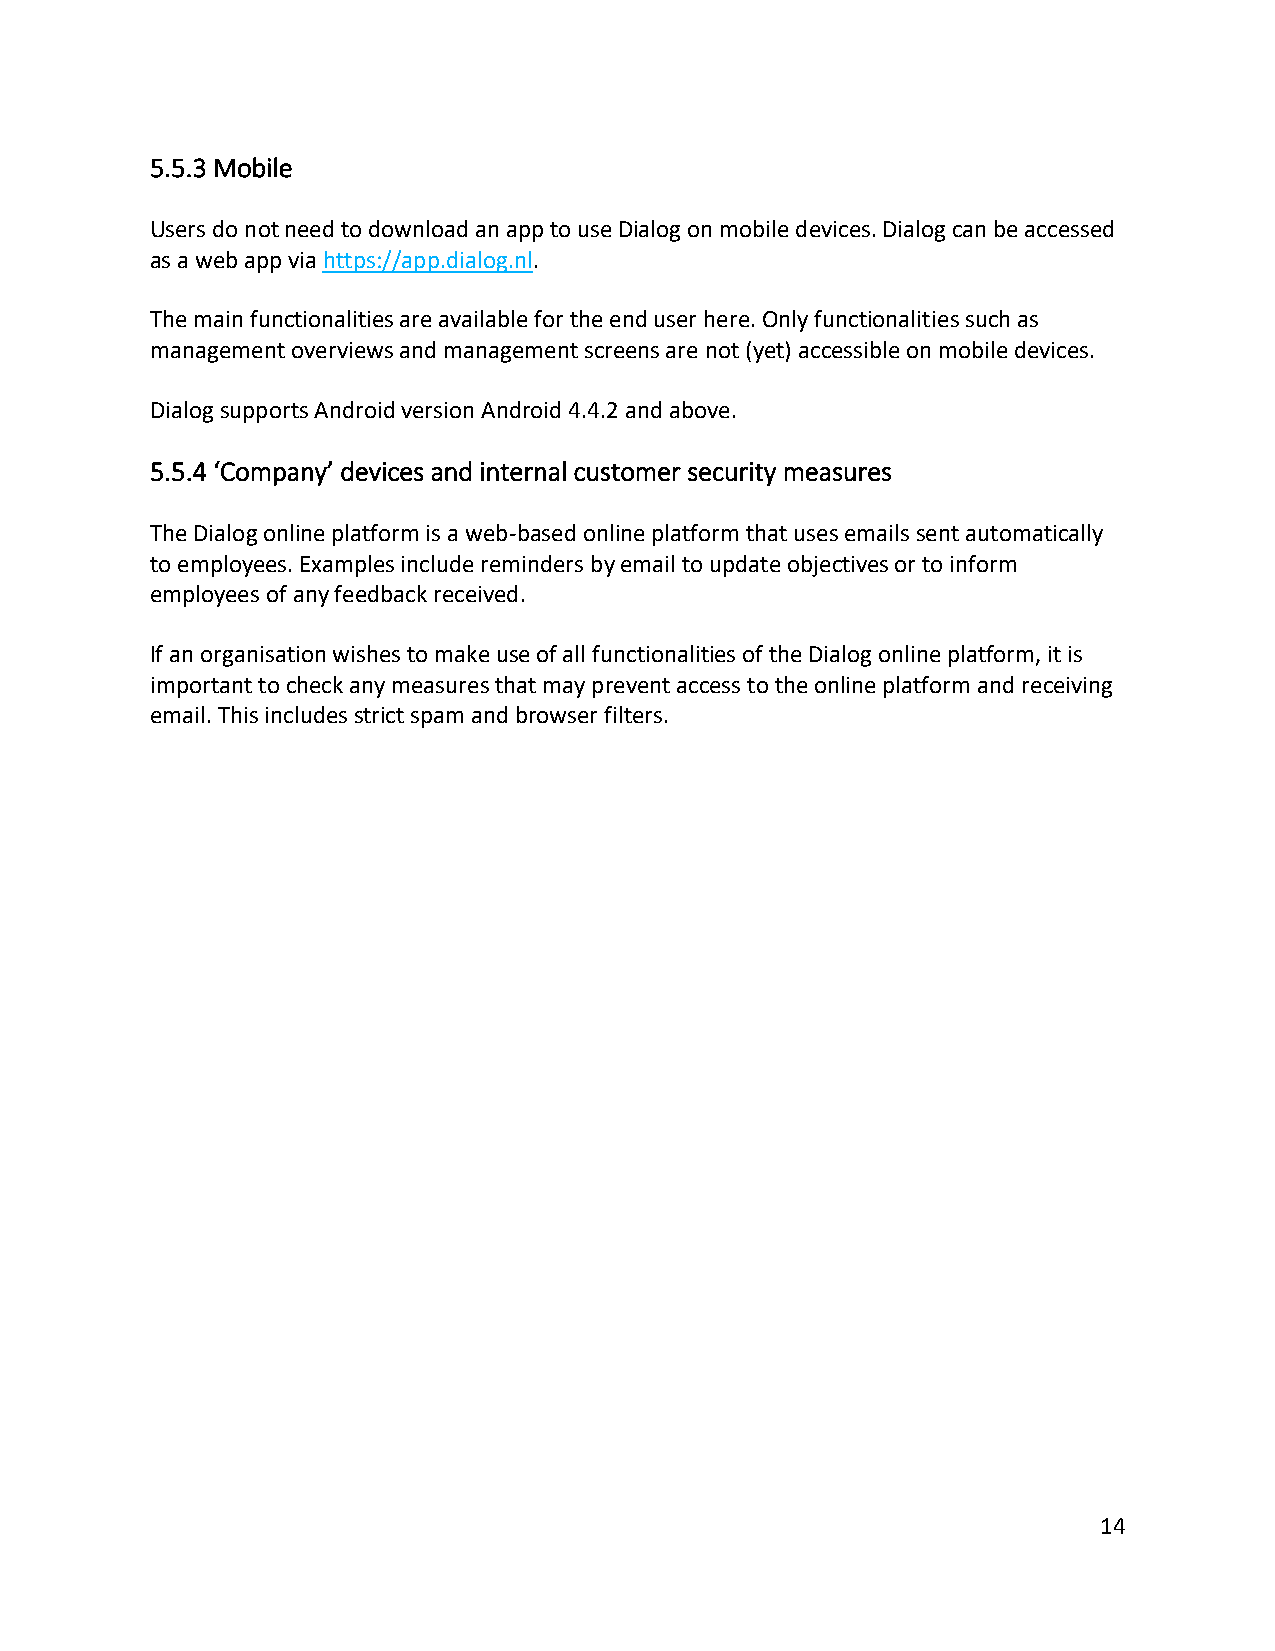
5.5.3 Mobile
 Users do not need to download an app to use Dialog on mobile devices. Dialog can be accessed
 as a web app via https://app.dialog.nl.
 The main functionalities are available for the end user here. Only functionalities such as
 management overviews and management screens are not (yet) accessible on mobile devices.
 Dialog supports Android version Android 4.4.2 and above.
 5.5.4 ‘Company’ devices and internal customer security measures
 The Dialog online platform is a web-based online platform that uses emails sent automatically
 to employees. Examples include reminders by email to update objectives or to inform
 employees of any feedback received.
 If an organisation wishes to make use of all functionalities of the Dialog online platform, it is
 important to check any measures that may prevent access to the online platform and receiving
 email. This includes strict spam and browser filters.
 14